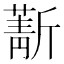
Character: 𣃄